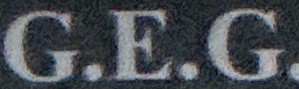
G.E.G